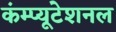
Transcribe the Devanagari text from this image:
कंम्‍प्‍यूटेशनल